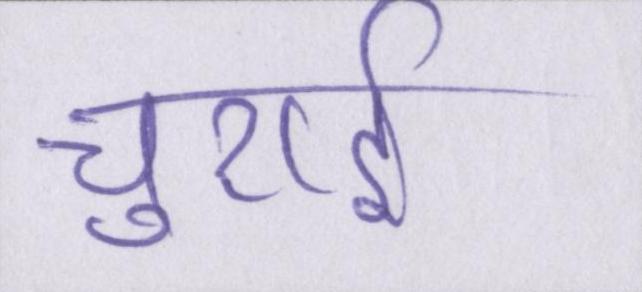
चुराई